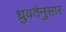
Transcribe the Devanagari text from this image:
ध्रुवतेनुसार